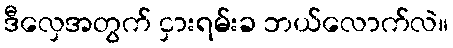
ဒီလှေအတွက် ငှားရမ်းခ ဘယ်လောက်လဲ။